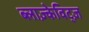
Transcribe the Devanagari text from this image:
ब्लाज़्केविट्ज़